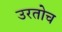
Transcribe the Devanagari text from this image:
उरतोच